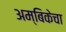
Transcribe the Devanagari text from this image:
अम्बिकेचा